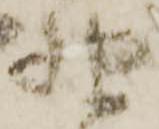
野